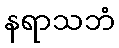
နရာသဘံ